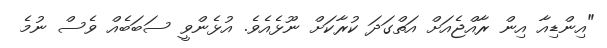
"އިންޑިއާ އިން ރާއްޖެއަށް އަތްގަދަ ކުރާކަށް ނޫޅެއެވެ. އުޅެންވީ ސަބަބެއް ވެސް ނުމެ